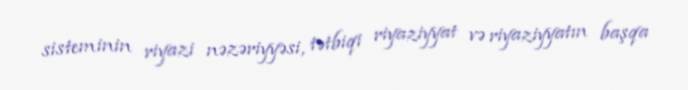
sisteminin riyazi nəzəriyyəsi, tətbiqi riyaziyyat və riyaziyyatın başqa